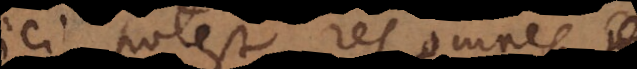
Dici potest res omnes